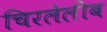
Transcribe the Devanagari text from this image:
चिरलेलीब